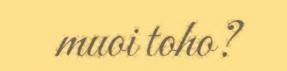
muoi toho?